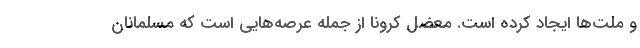
و ملت‌ها ایجاد کرده است. معضل کرونا از جمله عرصه‌هایی است که مسلمانان